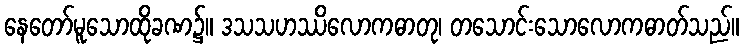
နေတော်မူသောထိုခဏ၌။ ဒသသဟဿိလောကဓာတု၊ တသောင်းသောလောကဓာတ်သည်။